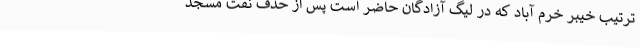
ترتیب خیبر خرم آباد که در لیگ آزادگان حاضر است پس از حذف نفت مسجد